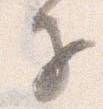
子